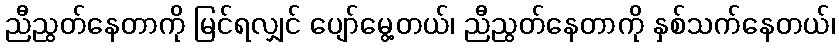
ညီညွတ်နေတာကို မြင်ရလျှင် ပျော်မွေ့တယ်၊ ညီညွတ်နေတာကို နှစ်သက်နေတယ်၊